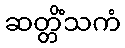
ဆတ္တိံသကံ